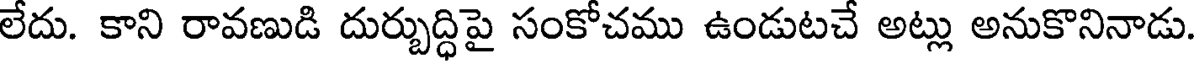
లేదు. కాని రావణుడి దుర్బుద్ధిపై సంకోచము ఉండుటచే అట్లు అనుకొనినాడు.